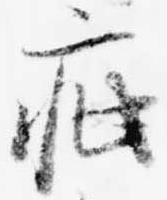
疵